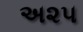
અ૨૫